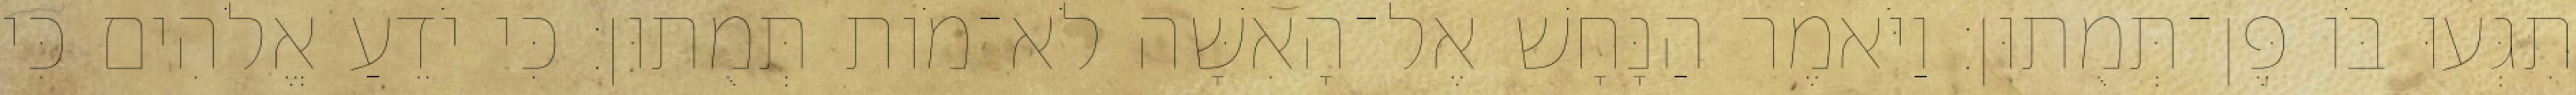
תִגְּעוּ בֹּו פֶּן־תְּמֻתוּן׃ וַיֹּאמֶר הַנָּחָשׁ אֶל־הָאִשָּׁה לֹא־מֹות תְּמֻתוּן׃ כִּי יֹדֵעַ אֱלֹהִים כִּי